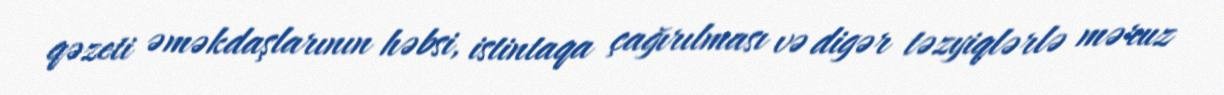
qəzeti əməkdaşlarının həbsi, istintaqa çağırılması və digər təzyiqlərlə məruz